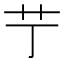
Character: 艼